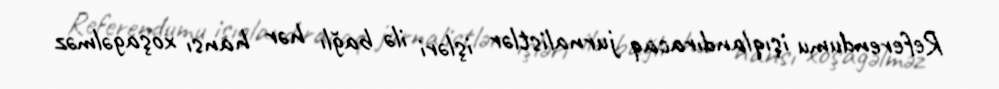
Referendumu işıqlandıracaq jurnalistlər işləri ilə bağlı hər hansı xoşagəlməz